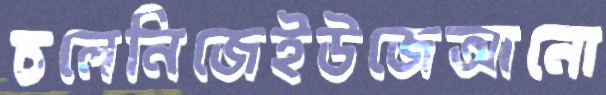
চলেনিজেইউজেআনো